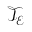
\mathcal { T } _ { \mathcal { E } }